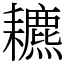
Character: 𦔩